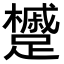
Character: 𨇌